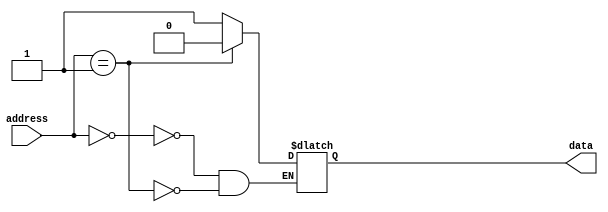
module fuse_ROM (
    input wire [7:0] address,
    output reg data
);

always @(address) begin
    case(address)
        8'b00000000: data = 1'b1; // example data stored in ROM
        8'b00000001: data = 1'b0;
        // continue specifying data for each address in the ROM
    endcase
end

endmodule